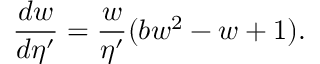
\frac { d w } { d \eta ^ { \prime } } = \frac { w } { \eta ^ { \prime } } ( b w ^ { 2 } - w + 1 ) .